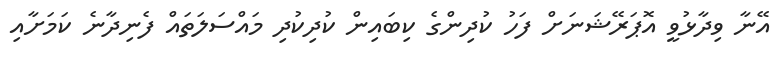
އޭނާ ވިދާޅުވީ އޮޕަރޭޝަނަށް ފަހު ކުދިންގެ ކިބައިން ކުދިކުދި މައްސަލަތައް ފެނިދާނެ ކަމަށާއި